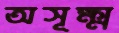
অসূক্ষ্ম